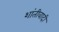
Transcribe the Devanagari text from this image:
शांतीवादी